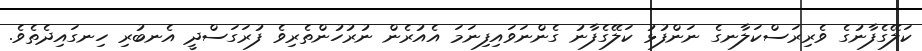
ކަލޭގެފާނުގެ ވެރިރަސްކަލާނގެ ނަންފުޅު ކަލޭގެފާނު ގެންނަވައިފިނަމަ އެއުރެން ނުރުހުންތެރިވެ ފުރަގަސްދީ އެނބުރި ހިނގައިދެތެވެ.